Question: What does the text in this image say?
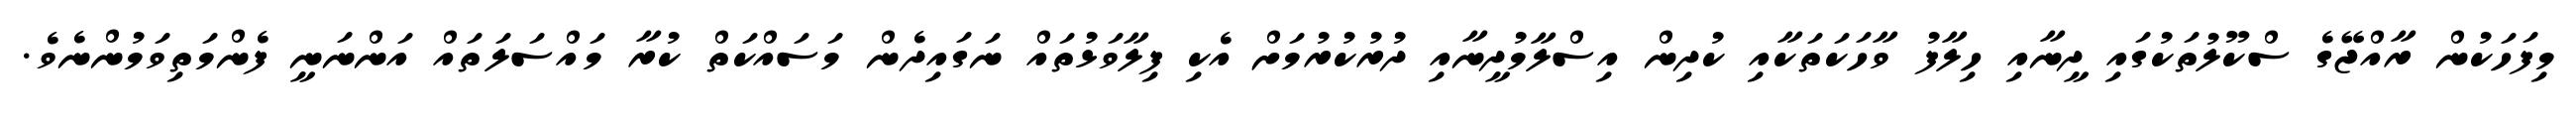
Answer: މިފަހަކުން ރާއްޖޭގެ ސްކޫލުތަކުގައި ދީނާއި ހިލާފު ވާހަކަތަކާއި ކުދިން އިސްލާމުދީނާއި ދުރުކުރުމަށް އެކި ފިލާވަޅުތައް ނަގައިދެން މަސައްކަތް ކުރާ މައްސަލަތައް އަންނަނީ ފެންމަތިވަމުންނެވެ.